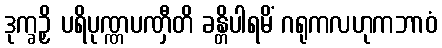
ဒုက္ခဉှိ ပရိပုဏ္ဏပဏှီတိ ခန္တိပါရမိံ ဂရုကလဟုကဘာဝံ